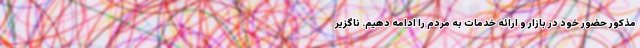
مذکور حضور خود در بازار و ارائه خدمات به مردم را ادامه دهیم. ناگزیر